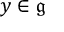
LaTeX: y \in { \mathfrak { g } }